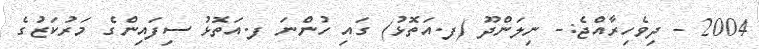
2004 - ދިވެހިރާއްޖެ:- ނިލަންދޫ (ފ.އަތޮޅު) ގައި ހުންނަ ފ.އަތޮޅު ސިފައިންގެ މަރުކަޒުގެ